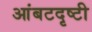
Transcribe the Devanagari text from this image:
आंबटदृष्टी